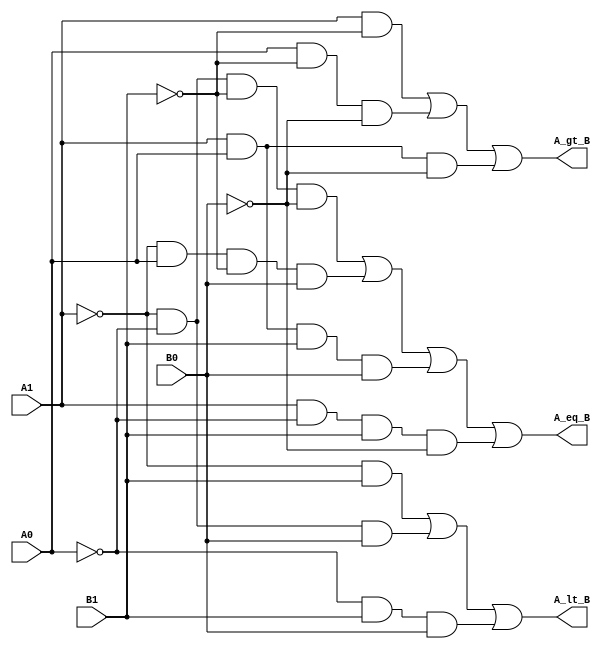
module compare_2_CA0 (A_lt_B, A_gt_B, A_eq_B, A1, A0, B1, B0);
  input 	A1, A0, B1, B0;
  output 	A_lt_B, A_gt_B, A_eq_B;

  assign A_lt_B = (~A1) & B1 | (~A1) & (~A0) & B0 | (~A0) & B1 & B0;

  assign A_gt_B = A1 & (~B1) | A0 & (~B1) & (~B0) | A1 & A0 & (~B0);

  assign A_eq_B = (~A1) & (~A0) & (~B1) & (~B0) | (~A1) & A0 & (~B1) & B0 
| A1 & A0 & B1 & B0 | A1 & (~A0) & B1 & (~B0);

endmodule